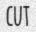
CUT